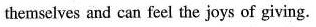
themselves and can feel the joys of giving.